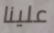
علينا